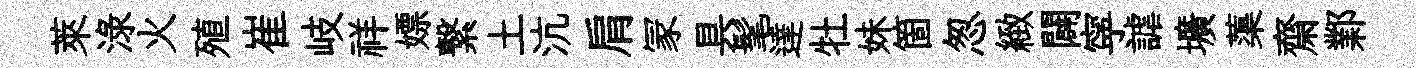
萊渌火殖崔岐祥嫖繋土沆肩冡具髦達牡妹箇怱緻闢寜謔壙蕖齋鄴